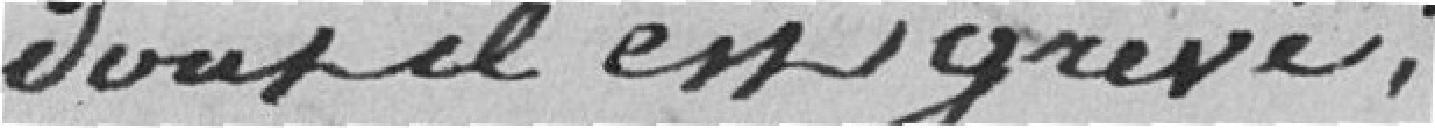
dont il est grevé